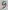
Text: 9